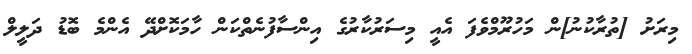
މިރަށު [ތުރާކުނު]ން މަހުރޫމްވެފަ އެއީ މިސަރުކާރުގެ އިންސާފުނެތްކަން ހާމަކޮށްދޭ އެންމެ ބޮޑު ދަލީލް